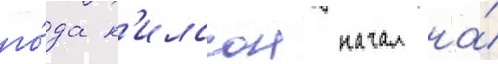
го́да н'илссон начал на́